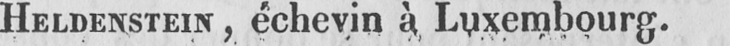
HELDENSTEIN, échevin à Luxembourg.